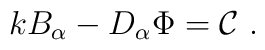
kB_\alpha -D_\alpha \Phi ={\cal C}\mbox{ .}